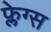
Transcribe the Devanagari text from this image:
फ्लेग्स